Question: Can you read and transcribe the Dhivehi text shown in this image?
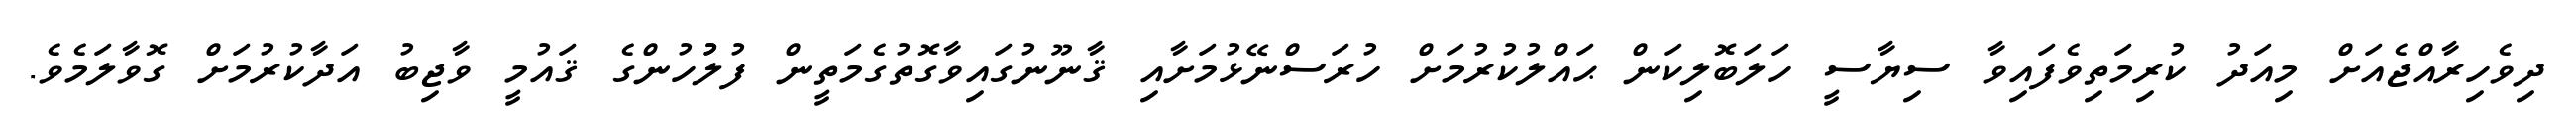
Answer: ދިވެހިރާއްޖެއަށް މިއަދު ކުރިމަތިވެފައިވާ ސިޔާސީ ހަލަބޮލިކަން ޙައްލުކުރުމަށް ހުރަސްނޭޅުމަށާއި ޤާނޫނުގައިވާގޮތުގެމަތީން ފުލުުހުންގެ ޤައުމީ ވާޖިބު އަދާކުރުމަށް ގޮވާލަމެވެ.